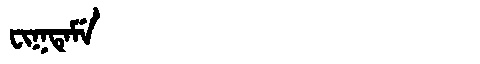
Manchu: ᠸᡳᡴᡨᡝᠮᡝ
Romanization: FIKTEME